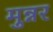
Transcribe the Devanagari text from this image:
मुन्नर